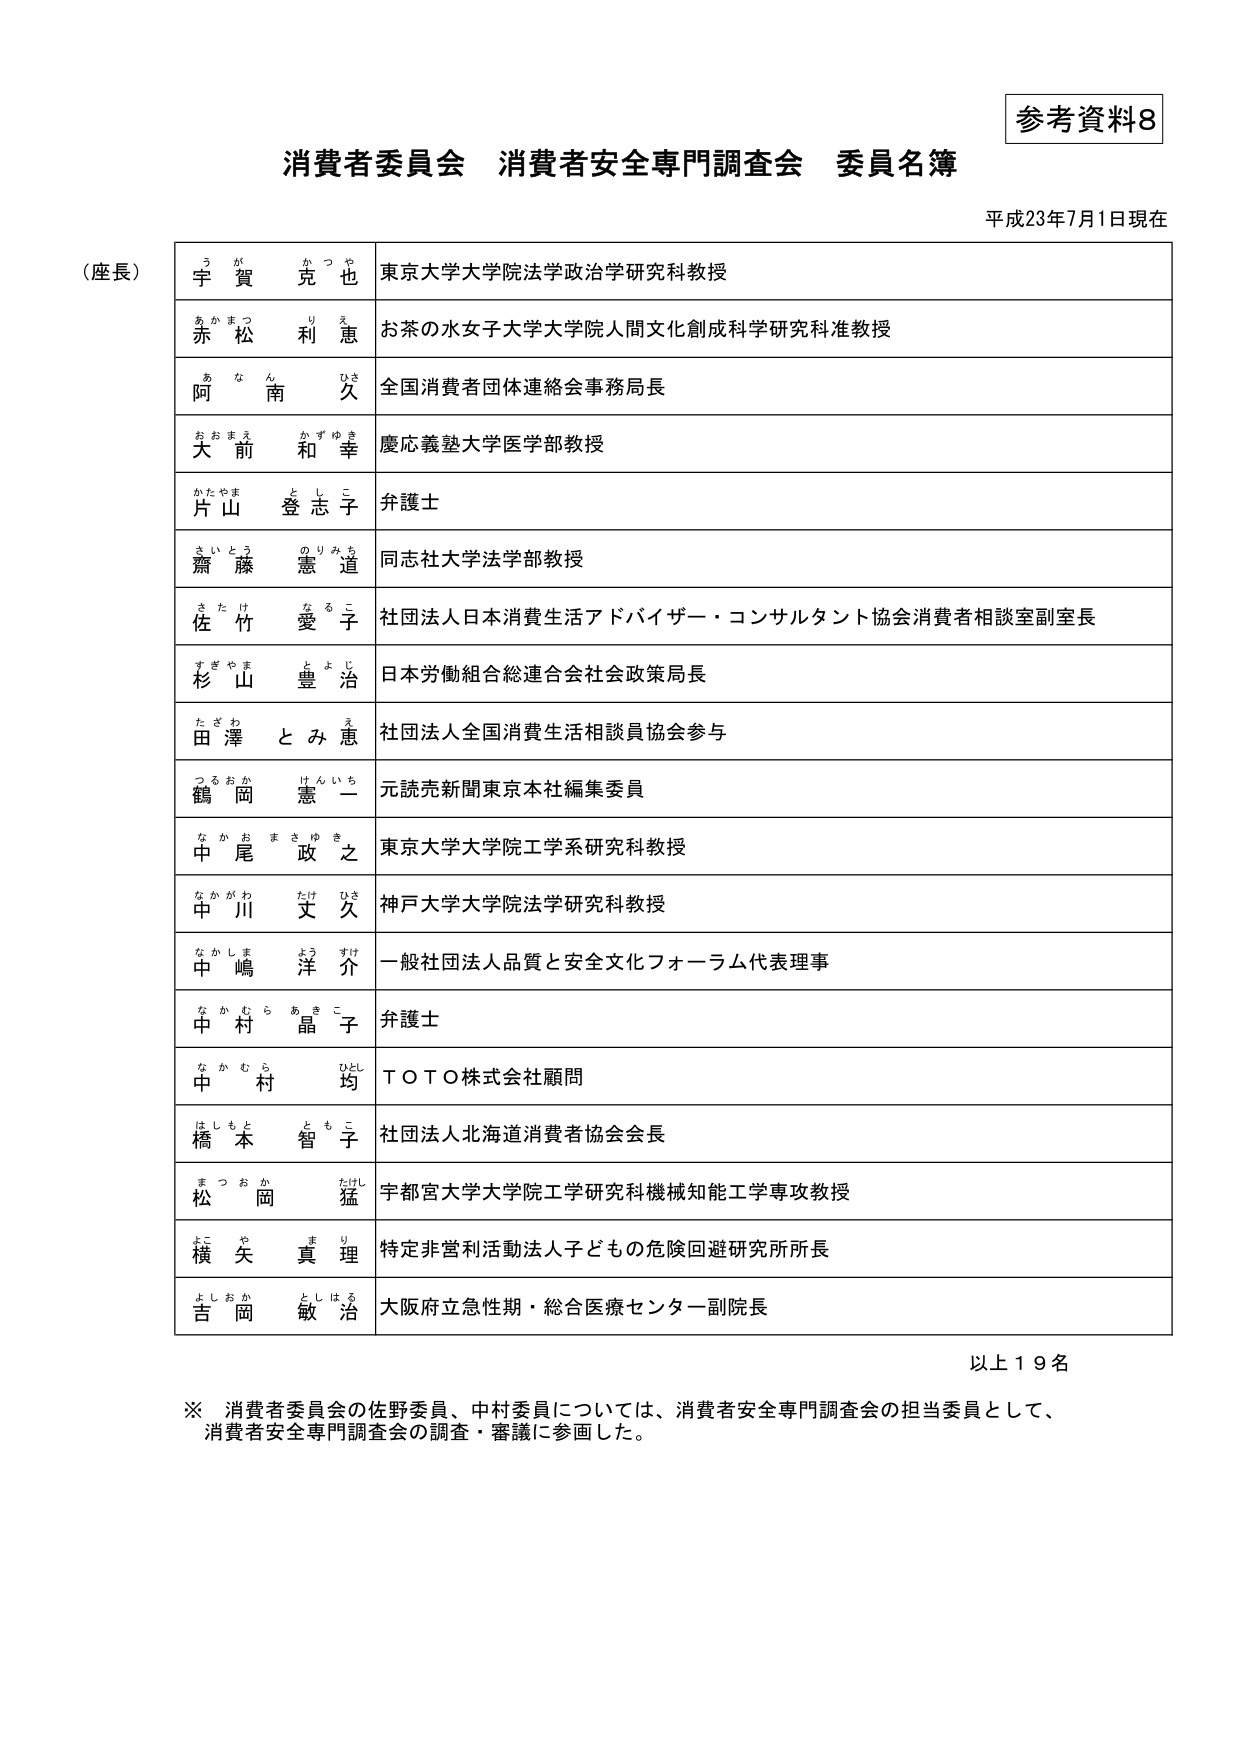
参考資料8

消費者委員会 消費者安全専門調査会 委員名簿

平成23年7月1日現在

（座長）
宇賀 克也 東京大学大学院法学政治学研究科教授
赤松 利恵 お茶の水女子大学大学院人間文化創成科学研究科准教授
阿南 久 全国消費者団体連絡会事務局長
大前 和幸 慶応義塾大学医学部教授
片山 登志子 弁護士
齋藤 憲道 同志社大学法学部教授
佐竹 愛子 社団法人日本消費生活アドバイザー・コンサルタント協会消費者相談室副室長
杉山 豊治 日本労働組合総連合会社会政策局長
田澤 とみ恵 社団法人全国消費生活相談員協会参与
鶴岡 憲一 元読売新聞東京本社編集委員
中尾 政之 東京大学大学院工学系研究科教授
中川 文久 神戸大学大学院法学研究科教授
中嶋 洋介 一般社団法人品質と安全文化フォーラム代表理事
中村 晶子 弁護士
中村 均 ＴＯＴＯ株式会社顧問
橋本 智子 社団法人北海道消費者協会会長
松岡 猛 宇都宮大学大学院工学研究科機械知能工学専攻教授
横矢 真理 特定非営利活動法人子どもの危険回避研究所所長
吉岡 敏治 大阪府立急性期・総合医療センター副院長

以上１９名

※ 消費者委員会の佐野委員、中村委員については、消費者安全専門調査会の担当委員として、
消費者安全専門調査会の調査・審議に参画した。